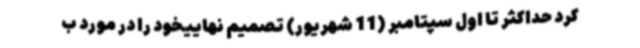
کرد حداکثر تا اول سپتامبر (11 شهریور) تصمیم نهاییخود را در مورد ب